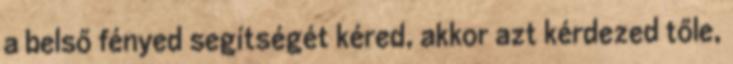
a belső fényed segítségét kéred, akkor azt kérdezed tőle,